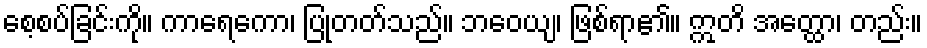
စေ့စပ်ခြင်းကို။ ကာရေကော၊ ပြုတတ်သည်။ ဘဝေယျ၊ ဖြစ်ရာ၏။ ဣတိ အတ္ထော၊ တည်း။